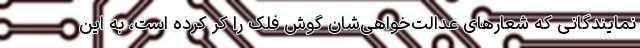
نمایندگانی که شعارهای عدالت‌خواهی‌شان گوش فلک را کر کرده است، به این